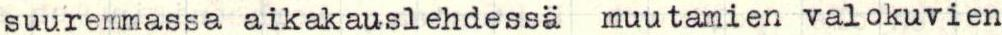
suuremmassa aikakauslehdessä muutamien valokuvien